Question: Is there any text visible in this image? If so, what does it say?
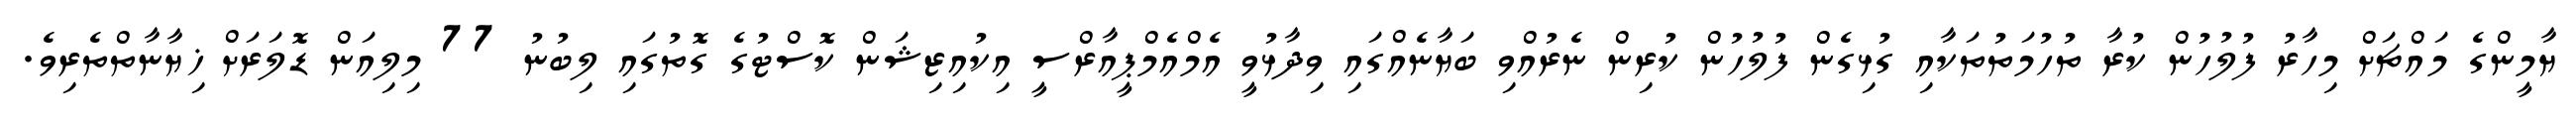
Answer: ޔާމީންގެ މައްޗަށް މިހާރު ފުލުހުން ކުރާ ތުހުމަތުތަކާއި ގުޅިގެން ފުލުހުން ކުރިން ނެރުއްވި ބަޔާނެއްގައި ވިދާޅުވީ އެމްއެމްޕީއާރްސީ އިކުއިޒިޝަން ކޮސްޓުގެ ގޮތުގައި ލިބުނު 77 މިލިއަން ޑޮލަރަށް ޚިޔާނާތްތެރިވެ.